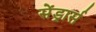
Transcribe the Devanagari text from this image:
सेंड्रार्स